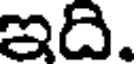
ఇది.